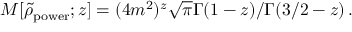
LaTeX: M [ \tilde { \rho } _ { \mathrm { p o w e r } } ; z ] = ( 4 m ^ { 2 } ) ^ { z } \sqrt { \pi } \Gamma ( 1 - z ) / \Gamma ( 3 / 2 - z ) \, .